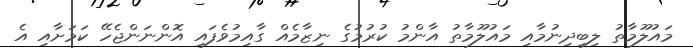
މައުލޫމާތު ލިބިދިނުމާއި މައުލޫމާތު އާންމު ކުރުމުގެ ނިޒާމެއް ގާއިމުވެފައި އޮންނަންޖެހޭ ކަމަށާއި އެ